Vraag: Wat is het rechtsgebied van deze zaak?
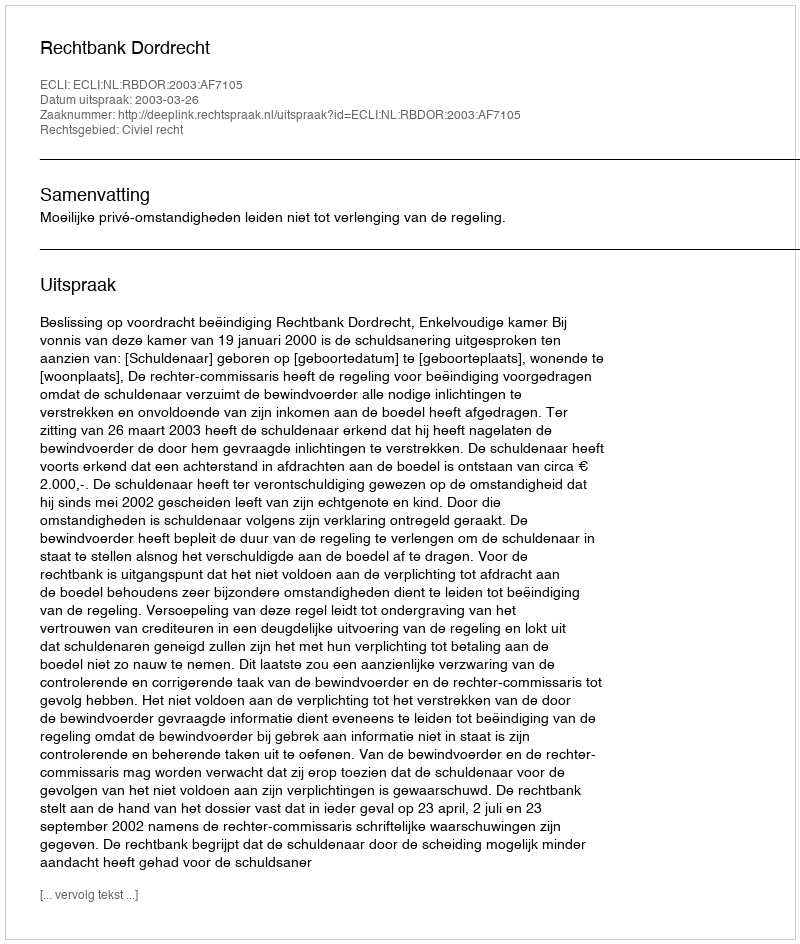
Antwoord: Civiel recht